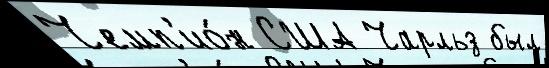
Чемп'ио́н США Чарльз был